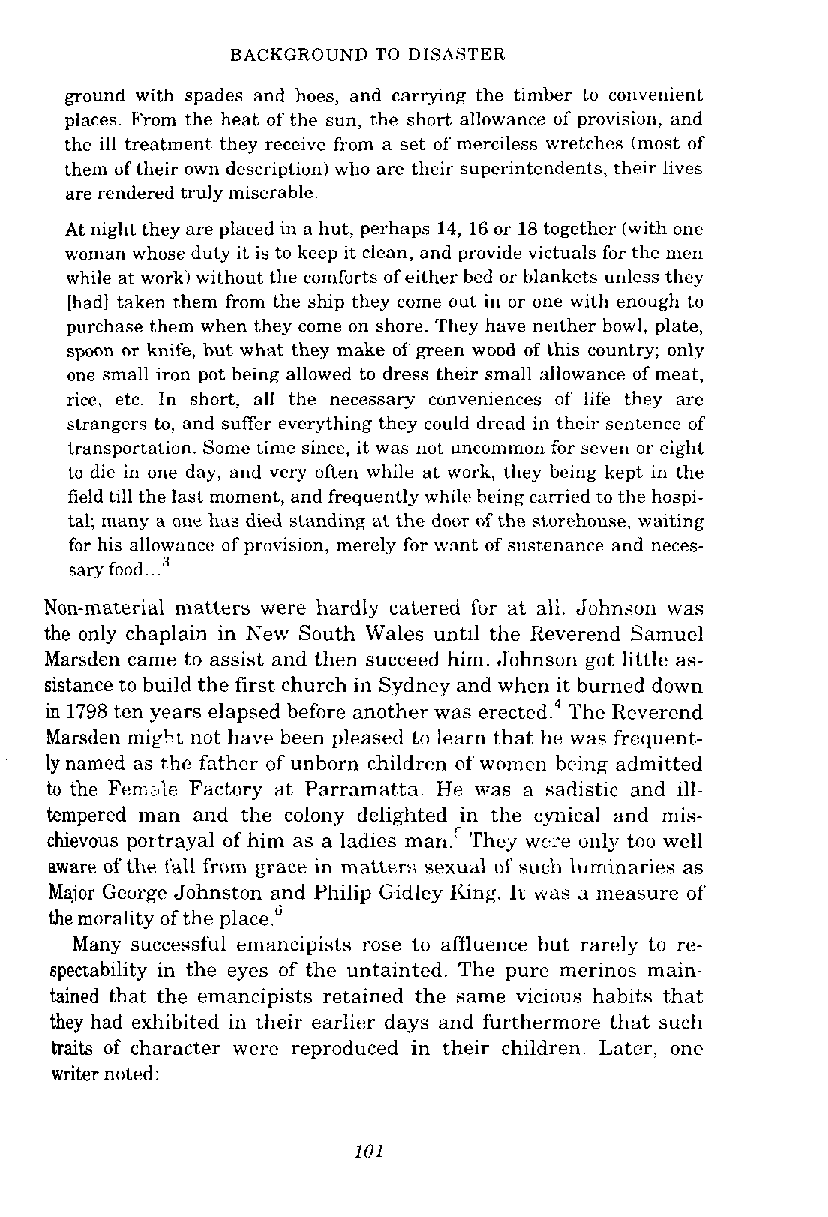
BACKGROUND TO DISASTER
 ground with spades and hoes, and carrying the timber tu convenient
 places. From the heat of the sun, the short allowance of provision, and
 the ill treatment they receive from a set of merciless wretches (most of
 them of their own description) who are their superintendents, their lives
 are rendered truly miserable.
 At night they are placed in a hut, perhaps 14, 16 or 18 together (with one
 woman whose duty it is to keep it clean, and provide victuals for the men
 while at work) without the comforts of either bed or blankets unless they
 [had] taken them from the ship they come out in or one with enough to
 purchase them when they come on shore. They have ne~therb owl, plate,
 spoon or knife, but what they make of green wood of this country; only
 one small iron pot heing allowed to dress their small allowance of meat,
 rice, etc. In short, all the necessary conveniences of life they are
 strangers to, and suffer everything they could dread in their sentence of
 transportation. Some time since, it was not uncommon for seven or cight
 to die in one day, and very often while at work, they being kept in the
 field till the last moment, and frequently whil? hcing carried to the hospi-
 tal; many a one has died standing at the door of the st,or~housew, aiting
 for his allowanct! of pruvision, merely for want of sustenance and neces-
 sary food .."
 Non-material matters were hardly catered for at all. Johnson was
 the only chaplain in New South Wales until the Reverend Samuel
 Marsden came to assist and then succeed him. Johnson got little as-
 sistance to build the first church in Sydney and when it burned down
 in 1798 ten years elapsed before another was ere~tedT.h~e Reverend
 Marsden mi~hnto t have been pleased to learn that he was frcquent-
 ly named as thc father of unborn children of womcn being admitted
 to the Fen~rJeF actory at Parmmattn. He was a sadistic and ill-
 tempered man and the colony delighted in the cynical and mis-
 chievous portrayal of him as a ladies man.' 'They wc'e uulg to" well
 aware of the fall fiom grace in matters sexual of suzh luminaries as
 Major Geurge Johnston and Philip tiidley Ifing. IL wan 3 measure of
 the morality of the place."
 Many successful emancipists rose to affluence but rarely to re-
 spectability in the eyes of the untainted. The pure merinos main-
 tained that the emancipists retained the same vicious habits that
 they had exhibited in their earlier days and furthermore that such
 haits of character were reproduced in their children. Later, one
 writer noted: